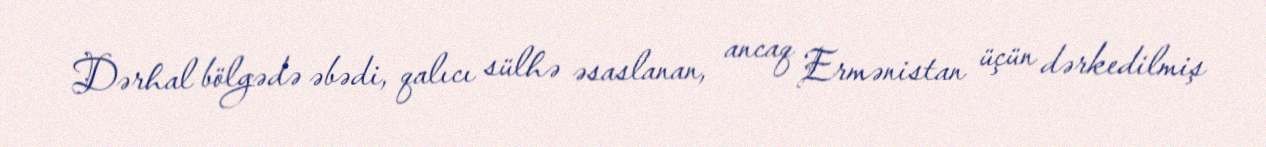
Dərhal bölgədə əbədi, qalıcı sülhə əsaslanan, ancaq Ermənistan üçün dərkedilmiş